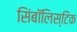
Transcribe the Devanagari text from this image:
सिंबॉलिस्टिक